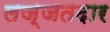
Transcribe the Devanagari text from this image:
लज्जतदार